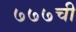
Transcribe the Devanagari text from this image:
७७७ची